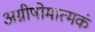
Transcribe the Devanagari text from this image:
अग्नीषोमात्मकं